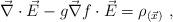
LaTeX: \begin{align*}\vec{\nabla}\cdot \vec{E}-g\vec{\nabla}f\cdot\vec{E}=\rho_{(\vec{x})}\ ,\end{align*}